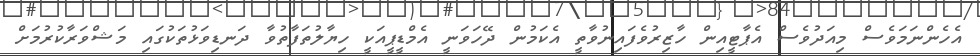
އެހެންނަމަވެސް މިއަދުވެސް އެޕާޓީއިން ހާޒިރުވެފައިނުވާތީ އެކަމުން ދޭހަވަނީ އެމްޑީޕީއަކީ ހިޔާލުތަފާތުވާ ދަނޑިވަޅުތަކުގައި މަޝްވަރާކުރުމަށް